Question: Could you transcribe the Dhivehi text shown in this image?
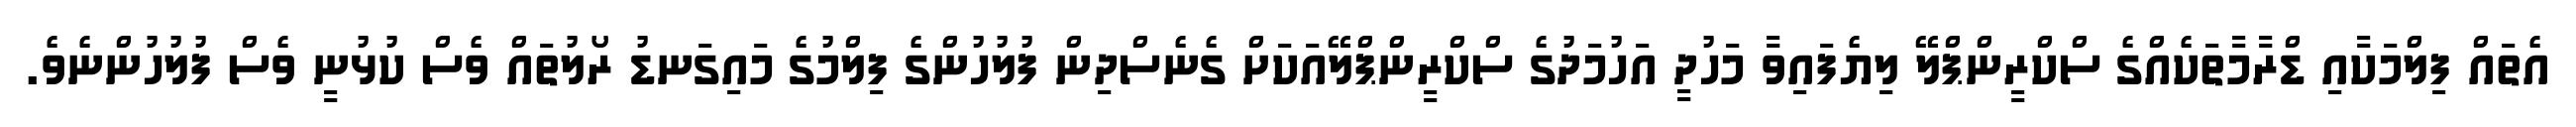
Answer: އެތައް ފިލްމަކާއި ޑްރާމާތަކެއްގެ ސްކްރީންޕްލޭ ލިޔެފައިވާ މަހުދީ އަހުމަދުގެ ސްކްރީންޕްލޭއަކަށް ގެނެސްދިން ފުލުހުންގެ ފިލްމުގެ މައިގަނޑު ރޯލުތައް ވެސް ކުޅުނީ ވެސް ފުލުހުންނެވެ.